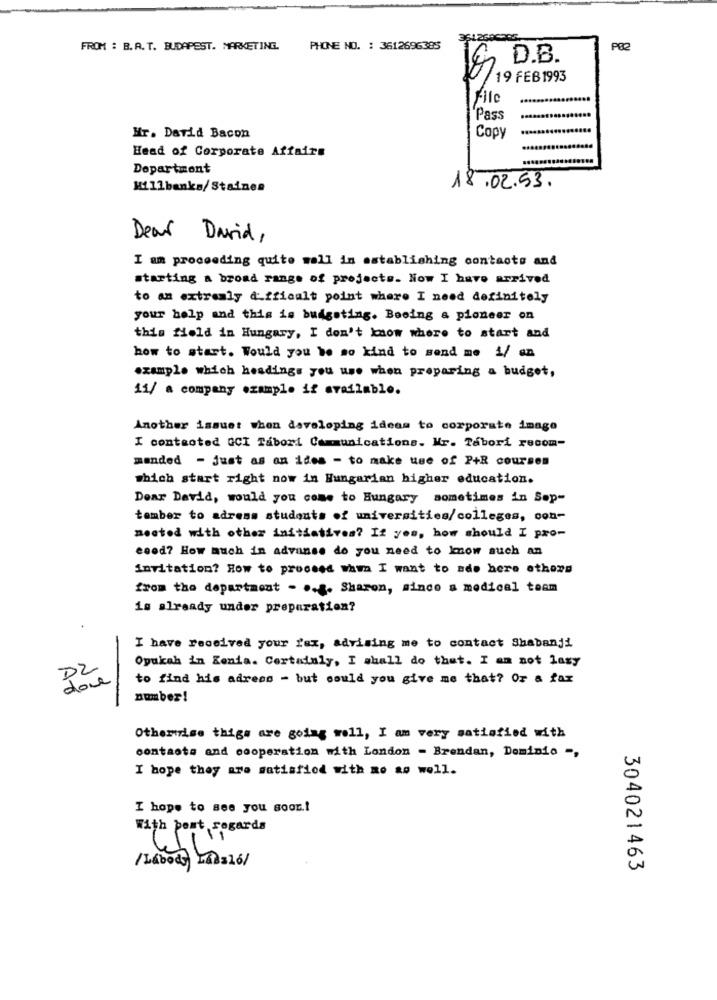
FROM : B.A. T. BUDAPEST. MARKETING.
PHONE NO. : 3612696385
PØ2
D.B.
19 FEB1993
Pass
Mr. David Bacon
Copy
Head of Corporate Affairs
Department
Millbanks/Staines
18.02.53.
Dear David,
I am proceeding quite well in establishing contacts and
starting a broad range of projects. Now I have arrived
to an extremely difficult point where I need definitely
your help and this is budgeting. Boeing a pioneer on
this field in Hungary, I don't know where to start and
how to start. Would you be so kind to send me i/ an
example which headings you use when preparing a budget,
11/ a company example if available.
Another issuet when developing ideas to corporate image
I conteoted GCI Tabori Communications. Mr. Tábori recom-
manded - just as an idea - to make use of P+R courses
which start right now in Hungarian higher education.
Dear David, would you come to Hungary sometimes in Sop-
tomber to adress students of universities/colleges, con-
nested with other initiatives? If yes, how should I pro-
esod? How much in advanse do you need to know auch an
invitation? How to proceed whm I want to ado here others
from the department - .... Sharon, since a medical team
is already under preparation?
I have received your fax, advising me to contact Shabanji
Opukah in Kenia. Cortadaly, I shall do that. I am not lasy
D2
done
to find his adress - but could you give me that? Or a fax
number!
Otherwise thigs are going well, I am very satisfied with
contacts and cooperation with London - Brendan, Dominio -,
I hope they are satisfied with no ao woll.
I hope to see you soon .!
With best regards
/Laboda mbalo/
304021463